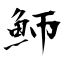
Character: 魳